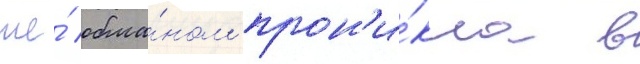
же́ обма́ном прон'и́кла в